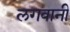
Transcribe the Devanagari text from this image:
लगवानी